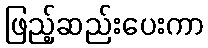
ဖြည့်ဆည်းပေးကာ